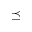
\preceq